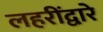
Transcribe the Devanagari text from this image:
लहरींद्वारे